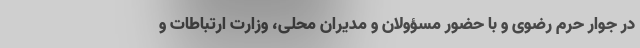
در جوار حرم رضوی و با حضور مسؤولان و مدیران محلی، وزارت ارتباطات و